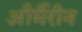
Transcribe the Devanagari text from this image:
और्मैरीन